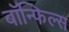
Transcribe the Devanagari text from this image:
बाॅन्फिल्स